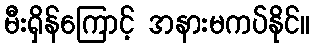
မီးရှိန်ကြောင့် အနားမကပ်နိုင်။